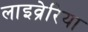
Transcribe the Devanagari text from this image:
लाइव्रेरिया